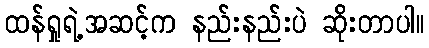
ထန်ရှုရဲ့အဆင့်က နည်းနည်းပဲ ဆိုးတာပါ။